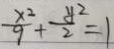
\frac { x ^ { 2 } } { 9 } + \frac { y ^ { 2 } } { 2 } = 1